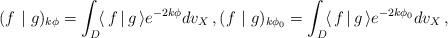
LaTeX: \begin{align*}(f\ |\ g)_{k\phi}=\int_D\!\langle\,f\,|\,g\,\rangle e^{-2k\phi}dv_X\,, (f\ |\ g)_{k\phi_0}=\int_D\!\langle\,f\,|\, g\,\rangle e^{-2k\phi_0}dv_X\,,\end{align*}